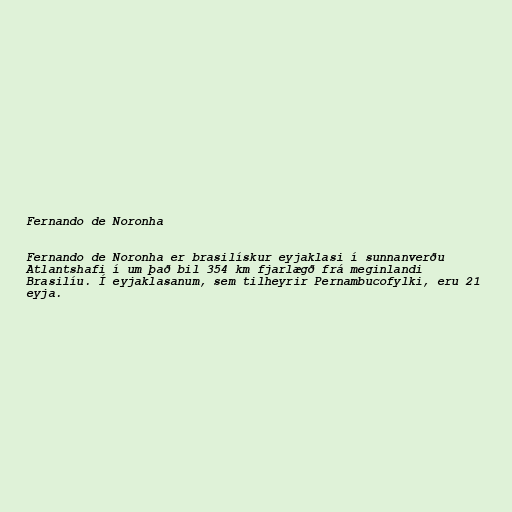
Fernando de Noronha

Fernando de Noronha er brasilískur eyjaklasi í sunnanverðu
Atlantshafi í um það bil 354 km fjarlægð frá meginlandi
Brasilíu. Í eyjaklasanum, sem tilheyrir Pernambucofylki, eru 21
eyja.